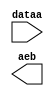
module lpm_compare_invis (
	dataa,
	aeb);

	input	[9:0]  dataa;
	output	  aeb;

endmodule